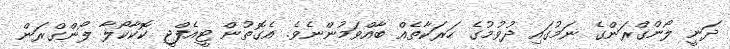
ދަނީ ލޯންގްރަންގެ ނަމުގައި ދުވުމުގެ ހަރަކާތެއް ބާއްވަމުންނެވެ. އެގޮތުން ޓީއެފްޖީ ކޮކާކޯލާ ލޯންގްރަން